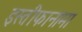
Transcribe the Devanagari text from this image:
इस्तीफानामा